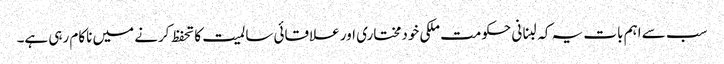
سب سے اہم بات یہ کہ لبنانی حکومت ملکی خودمختاری اور علاقائی سالمیت کا تحفظ کرنے میں ناکام رہی ہے۔